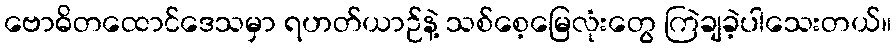
ဗောဓိတထောင်ဒေသမှာ ရဟတ်ယာဉ်နဲ့ သစ်စေ့မြေလုံးတွေ ကြဲချခဲ့ပါသေးတယ်။